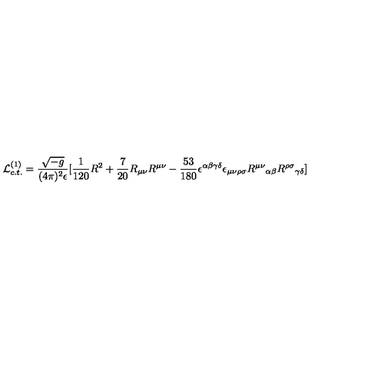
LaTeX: { \cal L } _ { c . t . } ^ { ( 1 ) } = { \frac { \sqrt { - g } } { ( 4 \pi ) ^ { 2 } \epsilon } } \lbrack { \frac { 1 } { 1 2 0 } } R ^ { 2 } + { \frac { 7 } { 2 0 } } R _ { \mu \nu } R ^ { \mu \nu } - { \frac { 5 3 } { 1 8 0 } } \epsilon ^ { \alpha \beta \gamma \delta } \epsilon _ { \mu \nu \rho \sigma } { R ^ { \mu \nu } } _ { \alpha \beta } { R ^ { \rho \sigma } } _ { \gamma \delta } \rbrack